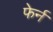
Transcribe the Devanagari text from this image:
फेर्न